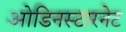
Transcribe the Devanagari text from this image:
ओडिनस्टारनेट